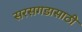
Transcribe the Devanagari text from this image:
सरसगडासाठी